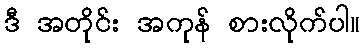
ဒီ အတိုင်း အကုန် စားလိုက်ပါ။